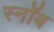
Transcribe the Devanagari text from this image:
स्नॉब